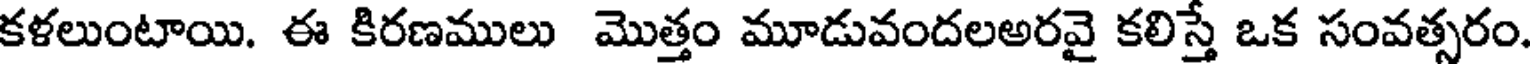
కళలుంటాయి. ఈ కిరణములు మొత్తం మూడువందలఅరవై కలిస్తే ఒక సంవత్సరం